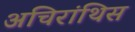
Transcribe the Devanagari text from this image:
अचिरांथिस